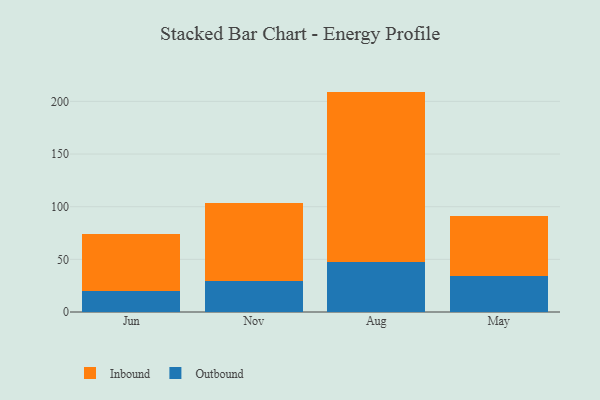
{"axis": {"x": "Month", "y": "Satisfaction Score"}, "legend": ["Inbound", "Outbound"], "data": [{"x": "Jun", "y": 19.9, "type": "Outbound"}, {"x": "Jun", "y": 54.3, "type": "Inbound"}, {"x": "Nov", "y": 29.9, "type": "Outbound"}, {"x": "Nov", "y": 73.2, "type": "Inbound"}, {"x": "Aug", "y": 47.2, "type": "Outbound"}, {"x": "Aug", "y": 162.1, "type": "Inbound"}, {"x": "May", "y": 34.3, "type": "Outbound"}, {"x": "May", "y": 56.9, "type": "Inbound"}]}